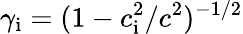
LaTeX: \gamma_{\mathrm{i}}=(1-c_{\mathrm{i}}^{2}/c^{2})^{-1/2}